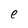
Character: e